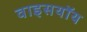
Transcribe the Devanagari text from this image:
वाइसयॉय